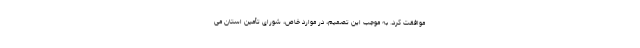
موافقت کرد. به موجب این تصمیم، در موارد خاص، شورای تأمین استان می